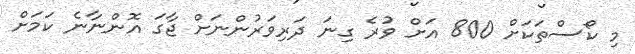
މި ކޯސްތަކަށް 800 އަށް ވުރެ ގިނަ ދަރިވަރުންނަށް ޖާގަ އޮންނާނެ ކަމަށް